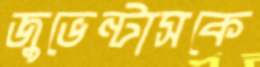
জুভেন্টাসকে